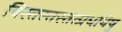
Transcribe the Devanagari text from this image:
विस्तस्तस्तत्प्रधानेषु